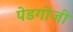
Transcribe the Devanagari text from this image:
पेडगोजी